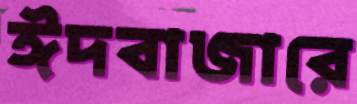
ঈদবাজারে